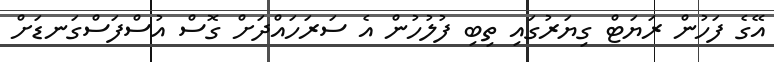
އޭގެ ފަހުން ރަޔަޓް ގިޔަރުގައި ތިބި ފުލުހުން އެ ސަރަހައްދަށް ގޮސް އުސްފަސްގަނޑަށް